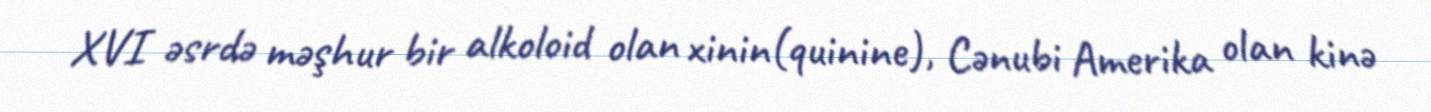
XVI əsrdə məşhur bir alkoloid olan xinin(quinine), Cənubi Amerika olan kinə